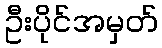
ဦးပိုင်အမှတ်